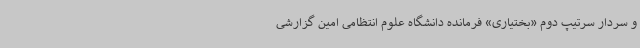
و سردار سرتیپ دوم «بختیاری» فرمانده دانشگاه علوم انتظامی امین گزارشی